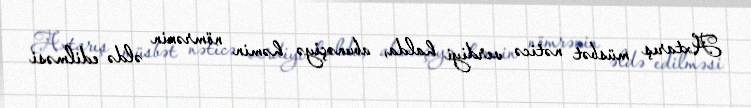
Axtarış müsbət nəticə verdiyi halda, abunəçiyə həmin nömrənin əldə edilməsi